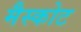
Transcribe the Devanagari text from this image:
मैस्कोट